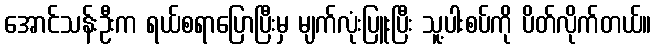
အောင်သန်းဦးက ရယ်စရာပြောပြီးမှ မျက်လုံးပြူးပြီး သူ့ပါးစပ်ကို ပိတ်လိုက်တယ်။